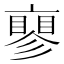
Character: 𬽝